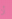
أن